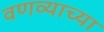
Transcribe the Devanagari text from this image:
वणव्याच्या